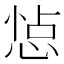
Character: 𢛈